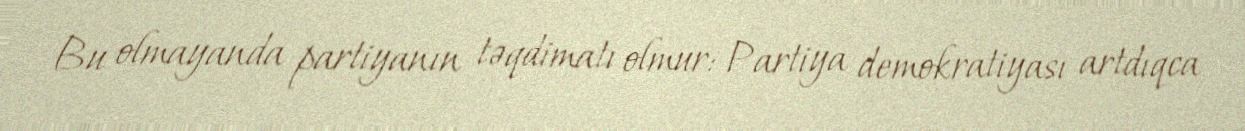
Bu olmayanda partiyanın təqdimatı olmur: Partiya demokratiyası artdıqca